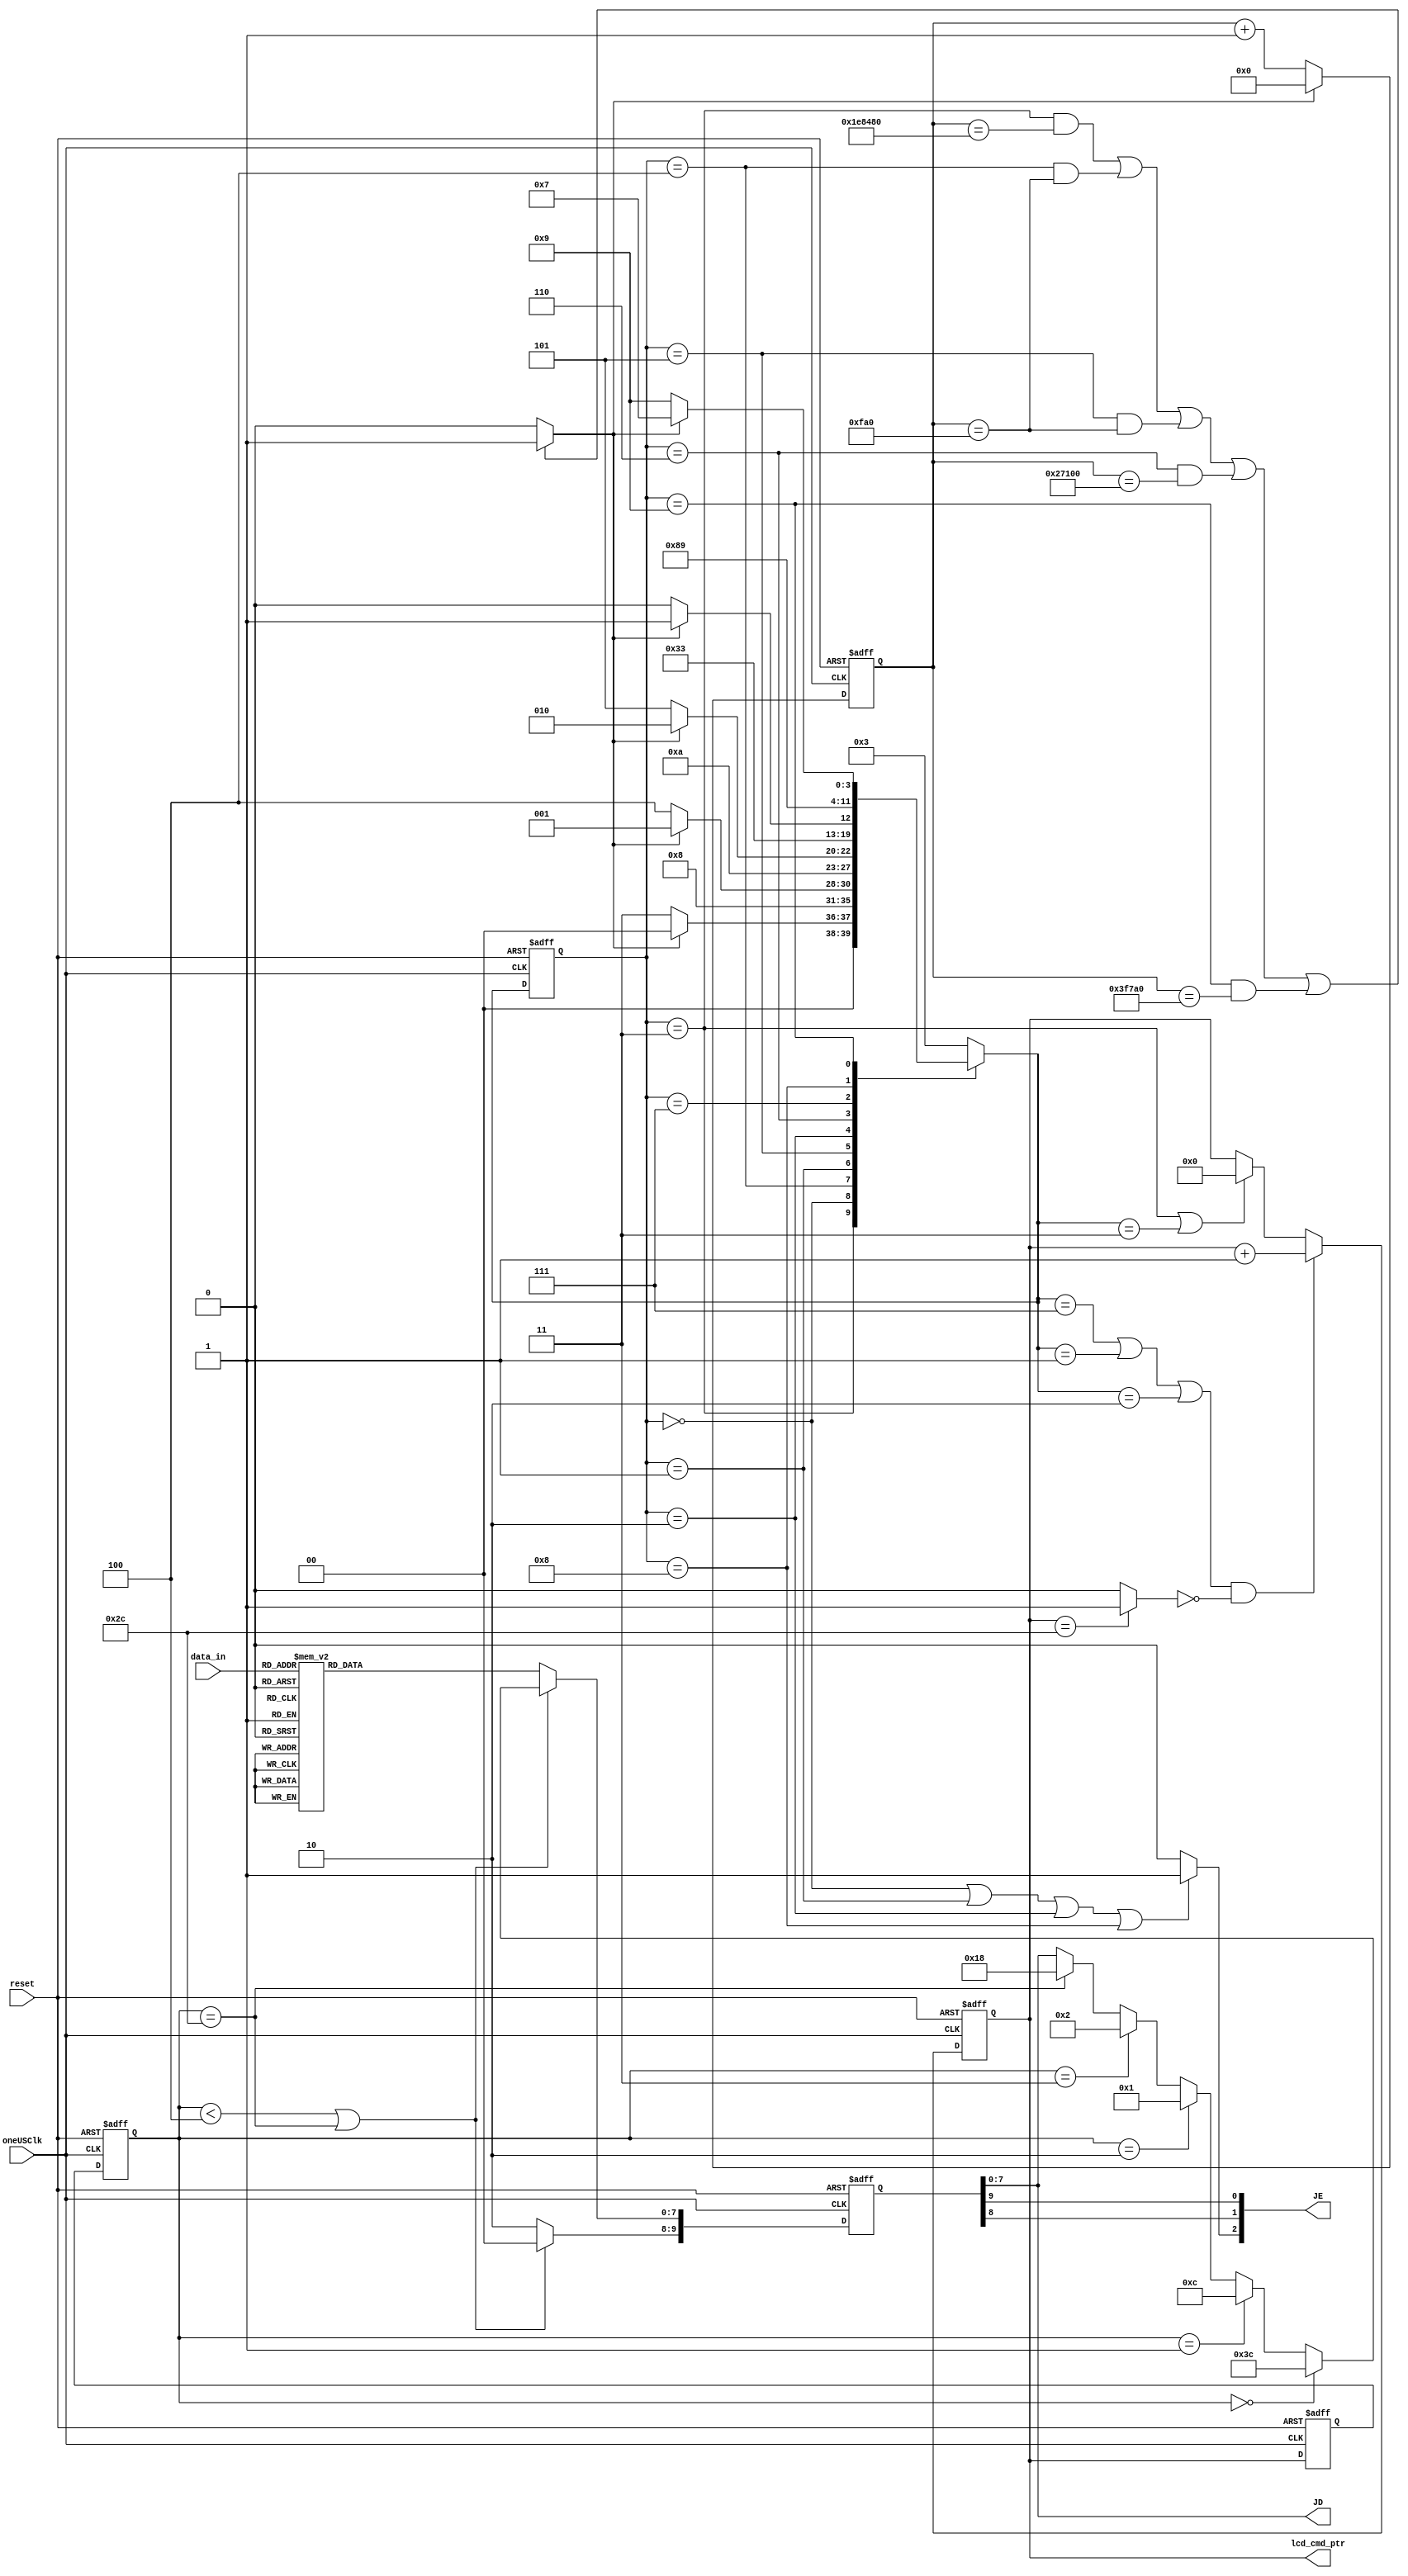
////////////////////////////////////////
//This is the modified version of Pmod CLP controller reference code
//
/////////////////////////////////////////////

`timescale 1ns / 1ps

module instrctn_wrd_gen(
    input  wire        reset,								
    input  wire        oneUSClk,
    input  wire  [3:0] data_in,
    output wire   [5:0] lcd_cmd_ptr,
    output wire  [7:0] JD,
	output wire  [6:4] JE
	
    );

	
	// ===========================================================================
	// 							  Parameters, Regsiters, and Wires
	// ===========================================================================
	
    reg[9:0] data_reg;
   //LCD control state machine
	parameter [3:0] stFunctionSet = 0,						// Initialization states
						 stDisplayCtrlSet = 1,
						 stDisplayClear = 2,
						 stPowerOn_Delay = 3,					// Delay states
						 stFunctionSet_Delay = 4,
						 stDisplayCtrlSet_Delay = 5,
						 stDisplayClear_Delay = 6,
						 stInitDne = 7,							// Display characters and perform standard operations
						 stActWr = 8,
						 stCharDelay = 9;							// Write delay for operations
	
	
	/* These constants are used to initialize the LCD pannel.

		--  FunctionSet:
								Bit 0 and 1 are arbitrary
								Bit 2:  Displays font type(0=5x8, 1=5x11)
								Bit 3:  Numbers of display lines (0=1, 1=2)
								Bit 4:  Data length (0=4 bit, 1=8 bit)
								Bit 5-7 are set
		--  DisplayCtrlSet:
								Bit 0:  Blinking cursor control (0=off, 1=on)
								Bit 1:  Cursor (0=off, 1=on)
								Bit 2:  Display (0=off, 1=on)
								Bit 3-7 are set
		--  DisplayClear:
								Bit 1-7 are set	*/
		
	
	reg [20:0] count = 21'b000000000000000000000;	// 21 bit count variable for timing delays
	wire delayOK;														
	reg [3:0] stCur = stPowerOn_Delay;						// LCD control state machine
	reg [3:0] stNext;
	wire writeDone;											// Command set finish
    
    
	reg [5:0] lcd_cmd_ptr_1, lcd_cmd_ptr_delay1, lcd_cmd_ptr_delay2;

	// ===========================================================================
	// 										Implementation
	// ===========================================================================

	// This process increments the count variable unless delayOK = 1.
	always @(posedge oneUSClk, posedge reset) begin
                        if(reset)
                           count <= 'd0;
	
			else if(delayOK == 1'b1) begin
					count <= 21'b000000000000000000000;
			end
			else begin
					count <= count + 1'b1;
			end
	
	end


	// Determines when count has gotten to the right number, depending on the state.
	assign delayOK = (
				((stCur == stPowerOn_Delay) && (count == 21'b111101000010010000000)) ||				// 2000000	 	-> 20 ms
				((stCur == stFunctionSet_Delay) && (count == 21'b000000000111110100000)) ||		// 4000 			-> 40 us
				((stCur == stDisplayCtrlSet_Delay) && (count == 21'b000000000111110100000)) ||	// 4000 			-> 40 us
				((stCur == stDisplayClear_Delay) && (count == 21'b000100111000100000000)) ||		// 160000 		-> 1.6 ms
				((stCur == stCharDelay) && (count == 21'b000111111011110100000))						// 260000		-> 2.6 ms - Max Delay for character writes and shifts
	) ? 1'b1 : 1'b0;

	// writeDone goes high when all commands have been run	
	assign writeDone = (lcd_cmd_ptr_1 == 6'd44) ? 1'b1 : 1'b0;

	
	// Increments the pointer so the statemachine goes through the commands
	always @(posedge oneUSClk,posedge reset) begin
                        if(reset)
                                 lcd_cmd_ptr_1 <= 5'b00000;
	        
			else if((stNext == stInitDne || stNext == stDisplayCtrlSet || stNext == stDisplayClear) && writeDone == 1'b0) begin
					lcd_cmd_ptr_1 <= lcd_cmd_ptr_1 + 1'b1;
			end
			else if(stCur == stPowerOn_Delay || stNext == stPowerOn_Delay) begin
					lcd_cmd_ptr_1 <= 5'b00000;
			end
			else begin
					lcd_cmd_ptr_1 <= lcd_cmd_ptr_1;
			end
	end
	/////////////////////////////////////////////////////////////////////////////////
	/////////////////////////////////////////////////////////////////////////////////
	always @(posedge oneUSClk,posedge reset) begin
	if(reset)
	begin
	   lcd_cmd_ptr_delay1 <= 'd0;
	   lcd_cmd_ptr_delay2 <= 'd0;
	end
	else
	begin
	   lcd_cmd_ptr_delay1 <= lcd_cmd_ptr_1;
	   lcd_cmd_ptr_delay2 <= lcd_cmd_ptr_delay1;
	end
	end  
	
	always @(posedge oneUSClk,posedge reset) begin
        if(reset)
            data_reg <= 'd0;
        else
        begin
            if(lcd_cmd_ptr_delay2 < 4 || lcd_cmd_ptr_delay2 == 'd44)
            begin
                data_reg[9:8] <= 2'b00; // write command names please
                if(lcd_cmd_ptr_delay2 == 'd0)
                   data_reg[7:0] <= 'h3C; 
                else if(lcd_cmd_ptr_delay2 == 'd1)
                   data_reg[7:0] <= 'h0C; 
                else if(lcd_cmd_ptr_delay2 == 'd2)
                   data_reg[7:0] <= 'h01; 
                else if(lcd_cmd_ptr_delay2 == 'd3)
                   data_reg[7:0] <= 'h02; 
                else if(lcd_cmd_ptr_delay2 == 'd44)
                   data_reg[7:0] <= 'h18;                       
            end                                             
            else
            begin
                data_reg[9:8] <= 2'b10;
            case(data_in)
            4'd0: data_reg[7:0] <= 'h30;   
            4'd1: data_reg[7:0] <= 'h31;
            4'd2: data_reg[7:0] <= 'h32;
            4'd3: data_reg[7:0] <= 'h33;
            4'd4: data_reg[7:0] <= 'h34;
            4'd5: data_reg[7:0] <= 'h35;
            4'd6: data_reg[7:0] <= 'h36;
            4'd7: data_reg[7:0] <= 'h37;
            4'd8: data_reg[7:0] <= 'h38;
            4'd9: data_reg[7:0] <= 'h39;
            4'd10: data_reg[7:0] <= 'h41; // A
            4'd11: data_reg[7:0] <= 'h42;
            4'd12: data_reg[7:0] <= 'h43;
            4'd13: data_reg[7:0] <= 'h44;
            4'd14: data_reg[7:0] <= 'h45;
            4'd15: data_reg[7:0] <= 'h46;     
            endcase   
            end    
        end
    end
	
	assign lcd_cmd_ptr = lcd_cmd_ptr_1[5:0]; 
	////////////////////////////////////////////////////////////////////////////////
	////////////////////////////////////////////////////////////////////////////////
	
	// This process runs the LCD state machine
	always @(posedge oneUSClk,posedge reset) begin
	        
			 if(reset == 1'b1) begin
					stCur <= stPowerOn_Delay;
			end
			else begin
					stCur <= stNext;
			end
	end
	

	// This process generates the sequence of outputs needed to initialize and write to the LCD screen
	always @(stCur or delayOK or writeDone or lcd_cmd_ptr_1) begin
			case (stCur)
				// Delays the state machine for 20ms which is needed for proper startup.
				stPowerOn_Delay : begin
						if(delayOK == 1'b1) begin
							stNext <= stFunctionSet;
						end
						else begin
							stNext <= stPowerOn_Delay;
						end
				end
					
				// This issues the function set to the LCD as follows 
				// 8 bit data length, 1 lines, font is 5x8.
				stFunctionSet : begin
						stNext <= stFunctionSet_Delay;
				end
				
				// Gives the proper delay of 37us between the function set and
				// the display control set.
				stFunctionSet_Delay : begin
						if(delayOK == 1'b1) begin
							stNext <= stDisplayCtrlSet;
						end
						else begin
							stNext <= stFunctionSet_Delay;
						end
				end
				
				// Issuse the display control set as follows
				// Display ON,  Cursor OFF, Blinking Cursor OFF.
				stDisplayCtrlSet : begin
						stNext <= stDisplayCtrlSet_Delay;
				end

				// Gives the proper delay of 37us between the display control set
				// and the Display Clear command. 
				stDisplayCtrlSet_Delay : begin
						if(delayOK == 1'b1) begin
							stNext <= stDisplayClear;
						end
						else begin
							stNext <= stDisplayCtrlSet_Delay;
						end
				end
				
				// Issues the display clear command.
				stDisplayClear	: begin
						stNext <= stDisplayClear_Delay;
				end

				// Gives the proper delay of 1.52ms between the clear command
				// and the state where you are clear to do normal operations.
				stDisplayClear_Delay : begin
						if(delayOK == 1'b1) begin
							stNext <= stInitDne;
						end
						else begin
							stNext <= stDisplayClear_Delay;
						end
				end
				
				// State for normal operations for displaying characters, changing the
				// Cursor position etc.
				stInitDne : begin		
						stNext <= stActWr;
				end

				// stActWr
				stActWr : begin
						stNext <= stCharDelay;
				end
					
				// Provides a max delay between instructions.
				stCharDelay : begin
						if(delayOK == 1'b1) begin
							stNext <= stInitDne;
						end
						else begin
							stNext <= stCharDelay;
						end
				end

				default : stNext <= stPowerOn_Delay;

			endcase
	end
		
	// Assign outputs
	assign JE[4] = data_reg[9];
	assign JE[5] = data_reg[8];
	assign JD = data_reg[7:0];
	assign JE[6] = (stCur == stFunctionSet || stCur == stDisplayCtrlSet || stCur == stDisplayClear || stCur == stActWr) ? 1'b1 : 1'b0;
  
endmodule